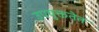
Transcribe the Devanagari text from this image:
उपयुक्ततेत